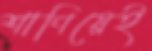
শাণিয়েই